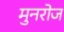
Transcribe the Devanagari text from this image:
मुनरोज